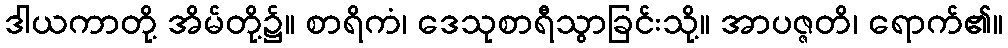
ဒါယကာတို့ အိမ်တို့၌။ စာရိကံ၊ ဒေသုစာရီသွာခြင်းသို့။ အာပဇ္ဇတိ၊ ရောက်၏။